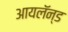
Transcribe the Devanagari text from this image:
आयलॅन्ड